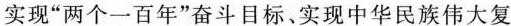
实现”两个一百年”奋斗目标、实现中华民族伟大复